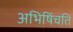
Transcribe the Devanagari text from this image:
अभिषिंचति